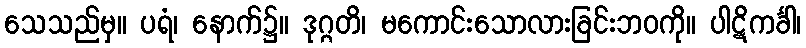
သေသည်မှ။ ပရံ၊ နောက်၌။ ဒုဂ္ဂတိ၊ မကောင်းသောလားခြင်းဘဝကို။ ပါဋိကင်္ခါ၊